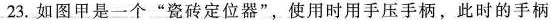
23.如图甲是一个”瓷砖定位器”，使用时用手压手柄，此时的手柄